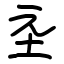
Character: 坖